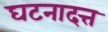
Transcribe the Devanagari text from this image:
घटनादत्त